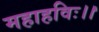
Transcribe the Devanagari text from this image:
महाहविः।।